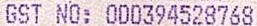
GST NO: 000394528768